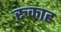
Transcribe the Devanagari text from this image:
रुकाह